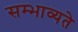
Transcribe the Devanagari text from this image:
सम्भाव्यते